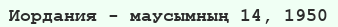
Иордания - маусымның 14, 1950